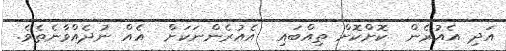
އަދި އެއުރެން  ކޮށްކޮށް ތިއްބައި  އެއުރެންނަކަށް  އެއް ނުދެއްވާނެތެވެ.